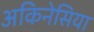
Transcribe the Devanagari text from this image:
अकिनेसिया